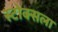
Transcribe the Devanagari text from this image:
स्टोक्सला